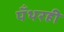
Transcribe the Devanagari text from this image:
पँथरही